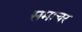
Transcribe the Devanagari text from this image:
समाचर